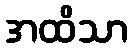
အထိသာ